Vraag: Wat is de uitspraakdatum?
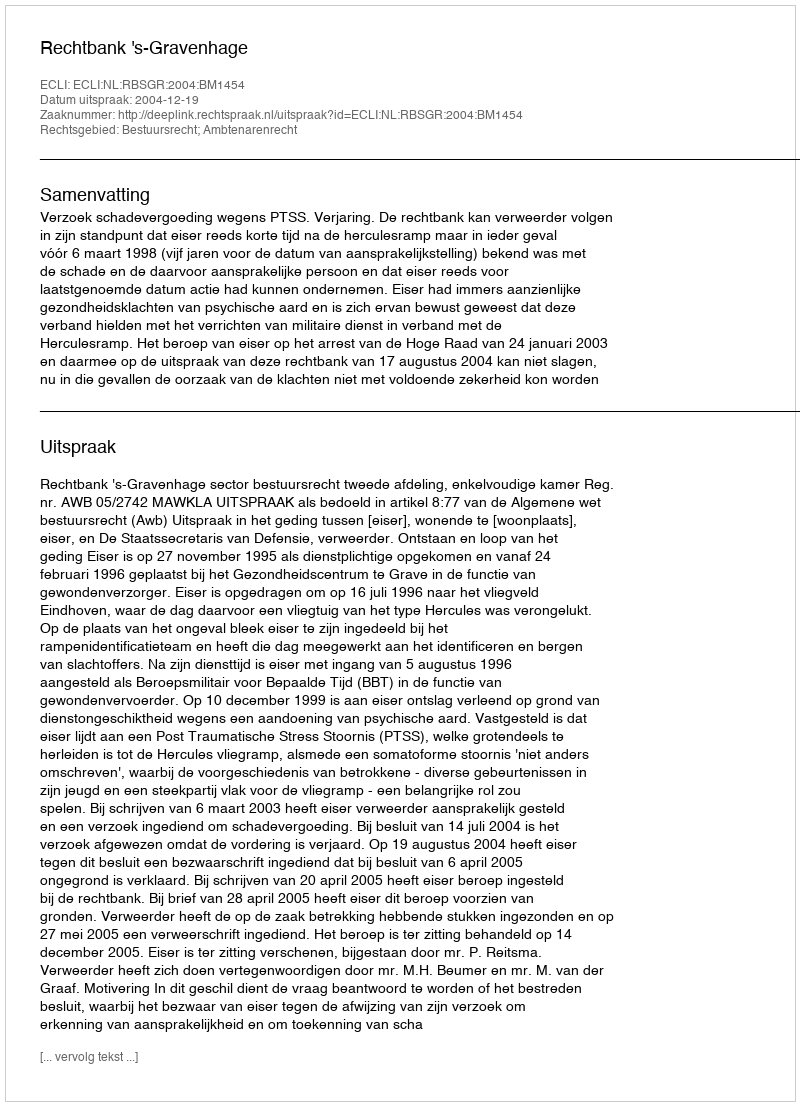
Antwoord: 2004-12-19